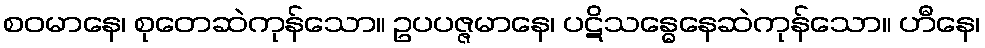
စဝမာနေ၊ စုတေဆဲကုန်သော။ ဥပပဇ္ဇမာနေ၊ ပဋိသန္ဓေနေဆဲကုန်သော။ ဟီနေ၊